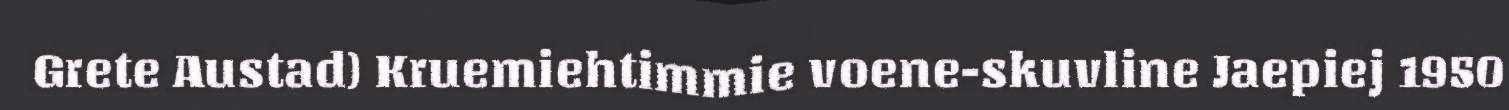
Grete Austad) Kruemiehtimmie voene-skuvline Jaepiej 1950